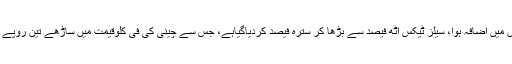
چینی پر سیلز ٹیکس میں اضافہ ہوا، سیلز ٹیکس آٹھ فیصد سے بڑھا کر سترہ فیصد کردیاگیاہے، جس سے چینی کی فی کلوقیمت میں ساڑھے تین روپے تک کا اضافہ ہوگا۔